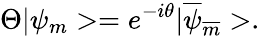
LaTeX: \Theta|{\psi}_{m}>=e^{-i\theta}|{\overline{{{\psi}}}}_{\overline{{{m}}}}>.